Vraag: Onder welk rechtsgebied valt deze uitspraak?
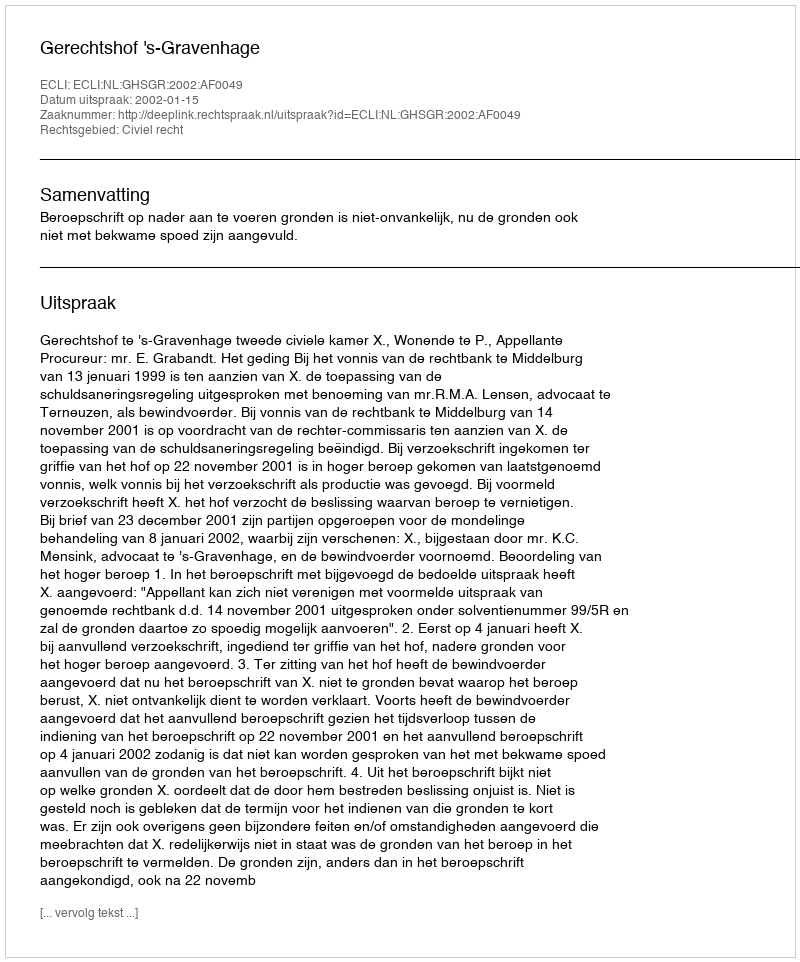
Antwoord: Civiel recht